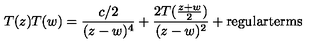
T ( z ) T ( w ) = \frac { c / 2 } { ( z - w ) ^ { 4 } } + \frac { 2 T ( \frac { z + w } { 2 } ) } { ( z - w ) ^ { 2 } } + \mathrm { r e g u l a r t e r m s }